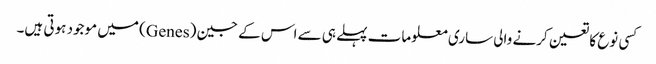
کسی نوع کا تعین کرنے والی ساری معلومات پہلے ہی سے اس کے جین (Genes) میں موجود ہوتی ہیں۔